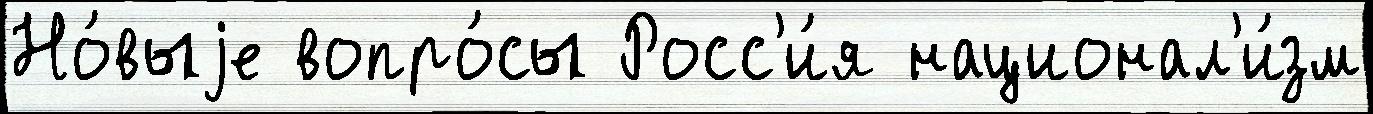
Но́выjе вопро́сы Росс'и́я национал'и́зм